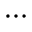
\cdots